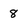
Character: 8